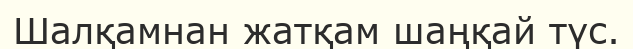
Шалқамнан жатқам шаңқай түс.